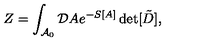
Z = \int _ { { \cal A } _ { 0 } } { \cal D } A e ^ { - S [ A ] } \det [ \tilde { D } ] ,